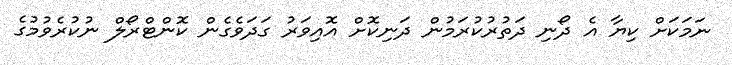
ނަމަކަށް ކިޔާ އެ ދޯނި ދަތުރުކުރަމުން ދަނިކޮށް އޮއިވަރު ގަދަވެގެން ކޮންޓްރޯލް ނުކުރެވުމުގެ